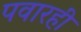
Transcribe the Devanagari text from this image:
पवारही